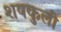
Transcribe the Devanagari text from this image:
शषकुली